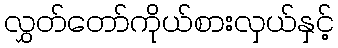
လွှတ်တော်ကိုယ်စားလှယ်နှင့်